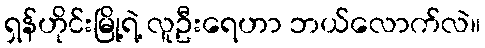
ရှန်ဟိုင်းမြို့ရဲ့ လူဦးရေဟာ ဘယ်လောက်လဲ။